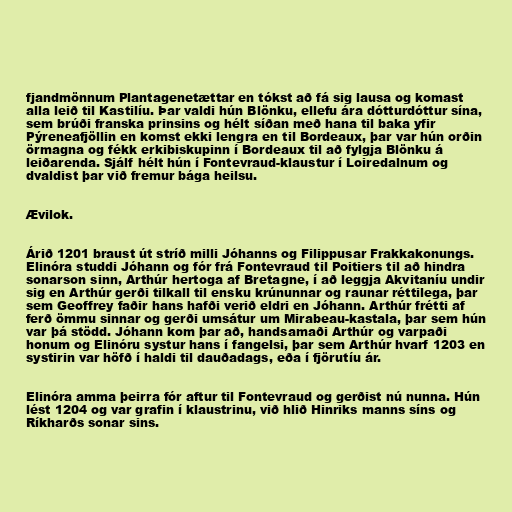
fjandmönnum Plantagenetættar en tókst að fá sig lausa og komast
alla leið til Kastilíu. Þar valdi hún Blönku, ellefu ára dótturdóttur sína,
sem brúði franska prinsins og hélt síðan með hana til baka yfir
Pýreneafjöllin en komst ekki lengra en til Bordeaux, þar var hún orðin
örmagna og fékk erkibiskupinn í Bordeaux til að fylgja Blönku á
leiðarenda. Sjálf hélt hún í Fontevraud-klaustur í Loiredalnum og
dvaldist þar við fremur bága heilsu.

Ævilok.

Árið 1201 braust út stríð milli Jóhanns og Filippusar Frakkakonungs.
Elinóra studdi Jóhann og fór frá Fontevraud til Poitiers til að hindra
sonarson sinn, Arthúr hertoga af Bretagne, í að leggja Akvitaníu undir
sig en Arthúr gerði tilkall til ensku krúnunnar og raunar réttilega, þar
sem Geoffrey faðir hans hafði verið eldri en Jóhann. Arthúr frétti af
ferð ömmu sinnar og gerði umsátur um Mirabeau-kastala, þar sem hún
var þá stödd. Jóhann kom þar að, handsamaði Arthúr og varpaði
honum og Elinóru systur hans í fangelsi, þar sem Arthúr hvarf 1203 en
systirin var höfð í haldi til dauðadags, eða í fjörutíu ár.

Elinóra amma þeirra fór aftur til Fontevraud og gerðist nú nunna. Hún
lést 1204 og var grafin í klaustrinu, við hlið Hinriks manns síns og
Ríkharðs sonar sins.